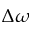
\Delta \omega